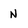
Character: N